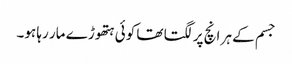
جسم کے ہر انچ پر لگتا تھا کوئی ہتھوڑے مار رہا ہو۔